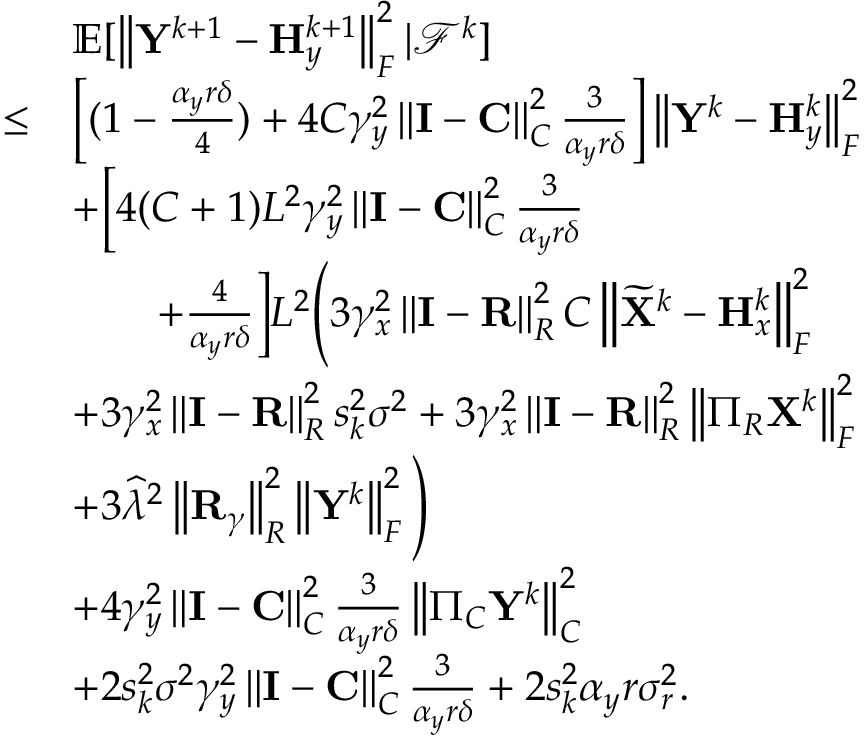
\begin{array} { r l } & { { \mathbb { E } } [ \left\| { \mathbf { Y } } ^ { k + 1 } - { \mathbf { H } } _ { y } ^ { k + 1 } \right\| _ { F } ^ { 2 } \vert { \mathcal { F } } ^ { k } ] } \\ { \leq } & { \left[ ( 1 - \frac { \alpha _ { y } r \delta } { 4 } ) + 4 C \gamma _ { y } ^ { 2 } \left\| { \mathbf { I } } - { \mathbf { C } } \right\| _ { C } ^ { 2 } \frac { 3 } { \alpha _ { y } r \delta } \right] \left\| { \mathbf { Y } } ^ { k } - { \mathbf { H } } _ { y } ^ { k } \right\| _ { F } ^ { 2 } } \\ & { + \Big [ 4 ( C + 1 ) L ^ { 2 } \gamma _ { y } ^ { 2 } \left\| { \mathbf { I } } - { \mathbf { C } } \right\| _ { C } ^ { 2 } \frac { 3 } { \alpha _ { y } r \delta } } \\ & { \qquad + \frac { 4 } { \alpha _ { y } r \delta } \Big ] L ^ { 2 } \Bigg ( 3 \gamma _ { x } ^ { 2 } \left\| { \mathbf { I } } - { \mathbf { R } } \right\| _ { R } ^ { 2 } C \left\| \widetilde { { \mathbf { X } } } ^ { k } - { \mathbf { H } } _ { x } ^ { k } \right\| _ { F } ^ { 2 } } \\ & { + 3 \gamma _ { x } ^ { 2 } \left\| { \mathbf { I } } - { \mathbf { R } } \right\| _ { R } ^ { 2 } s _ { k } ^ { 2 } \sigma ^ { 2 } + 3 \gamma _ { x } ^ { 2 } \left\| { \mathbf { I } } - { \mathbf { R } } \right\| _ { R } ^ { 2 } \left\| \Pi _ { R } { \mathbf { X } } ^ { k } \right\| _ { F } ^ { 2 } } \\ & { + 3 \widehat { \lambda } ^ { 2 } \left\| { \mathbf { R } } _ { \gamma } \right\| _ { R } ^ { 2 } \left\| { \mathbf { Y } } ^ { k } \right\| _ { F } ^ { 2 } \Bigg ) } \\ & { + 4 \gamma _ { y } ^ { 2 } \left\| { \mathbf { I } } - { \mathbf { C } } \right\| _ { C } ^ { 2 } \frac { 3 } { \alpha _ { y } r \delta } \left\| \Pi _ { C } { \mathbf { Y } } ^ { k } \right\| _ { C } ^ { 2 } } \\ & { + 2 s _ { k } ^ { 2 } \sigma ^ { 2 } \gamma _ { y } ^ { 2 } \left\| { \mathbf { I } } - { \mathbf { C } } \right\| _ { C } ^ { 2 } \frac { 3 } { \alpha _ { y } r \delta } + 2 s _ { k } ^ { 2 } \alpha _ { y } r \sigma _ { r } ^ { 2 } . } \end{array}